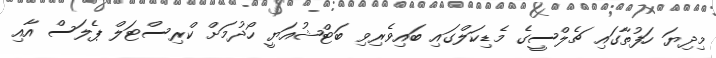
މިދިޔަ ހަފުތާގައި ޗެލްސީގެ މެޑިކަލްގައި ބައިވެރިވި ބަޓްޝުއަޔީ ހޯދުމަށް ކްރިސްޓަލް ޕެލަސް އާއި